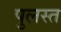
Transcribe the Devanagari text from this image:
पुलस्त